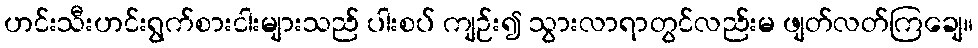
ဟင်းသီးဟင်းရွက်စားငါးများသည် ပါးစပ် ကျဉ်း၍ သွားလာရာတွင်လည်းမ ဖျတ်လတ်ကြချေ။